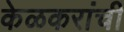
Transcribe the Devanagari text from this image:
केळकरांची